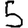
Digit: 5